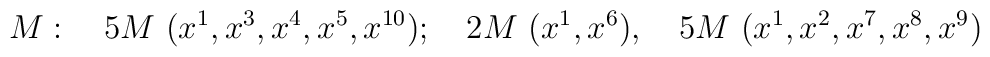
M:~~~5M~(x^1,x^3,x^4,x^5, x^{10});~~~2M~(x^1,  x^6),~~~5M~(x^1,x^2,x^7,x^8,x^9)